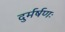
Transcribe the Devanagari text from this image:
दुर्मर्षणः